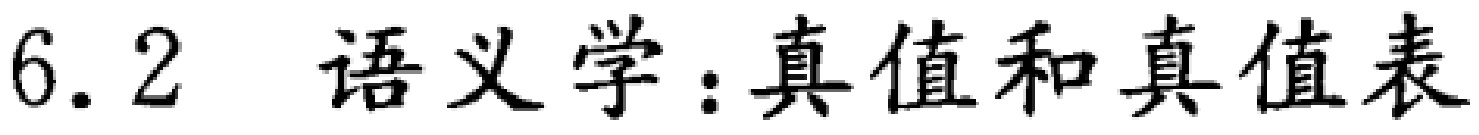
6.2 语义学：真值和真值表